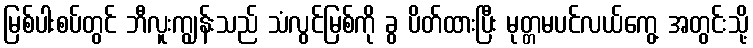
မြစ်ပါးစပ်တွင် ဘီလူးကျွန်းသည် သံလွင်မြစ်ကို ခွ ပိတ်ထားပြီး မုတ္တမပင်လယ်ကွေ့ အတွင်းသို့